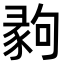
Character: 𢑪